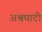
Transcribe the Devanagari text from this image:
अश्वघाटी